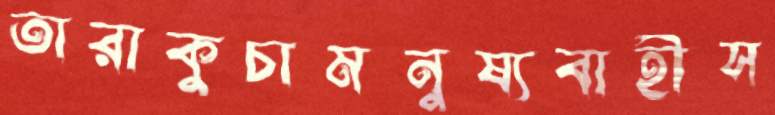
তারাকুচামনুষ্যবাহীস